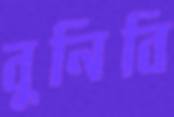
বুনিবি